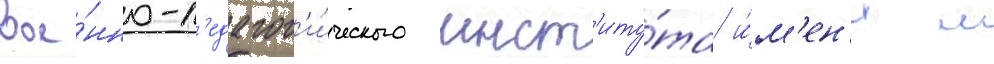
вое́нно-п'едагог'и́ческого инст'иту́та и́м'ен'и м